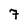
Character: 7